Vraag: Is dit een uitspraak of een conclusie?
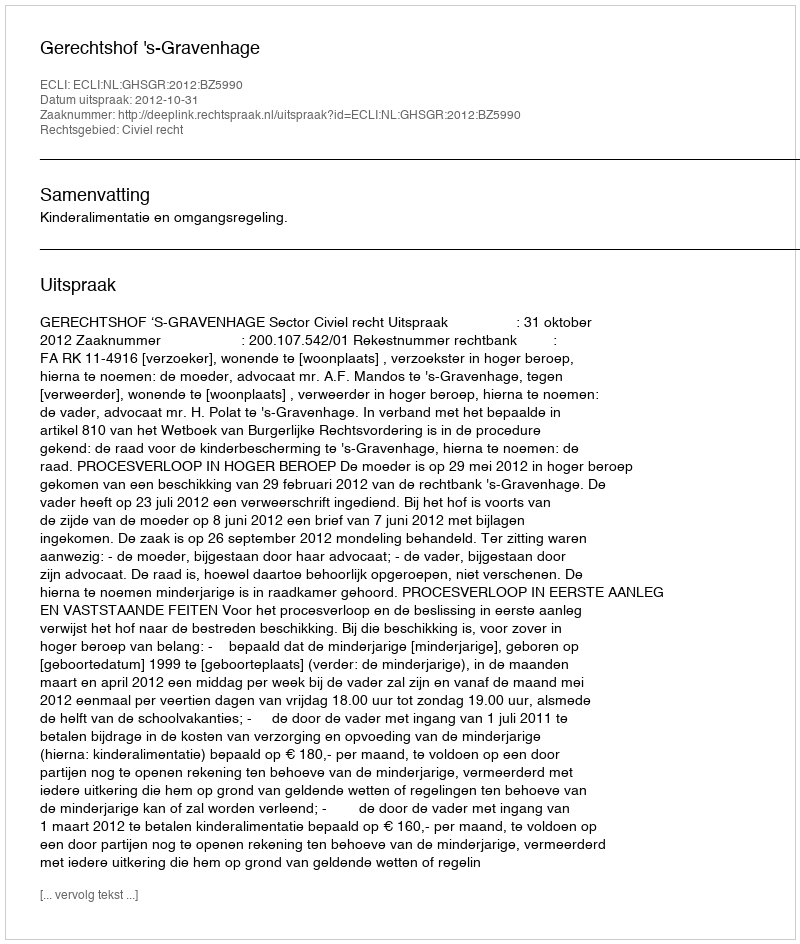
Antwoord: Uitspraak